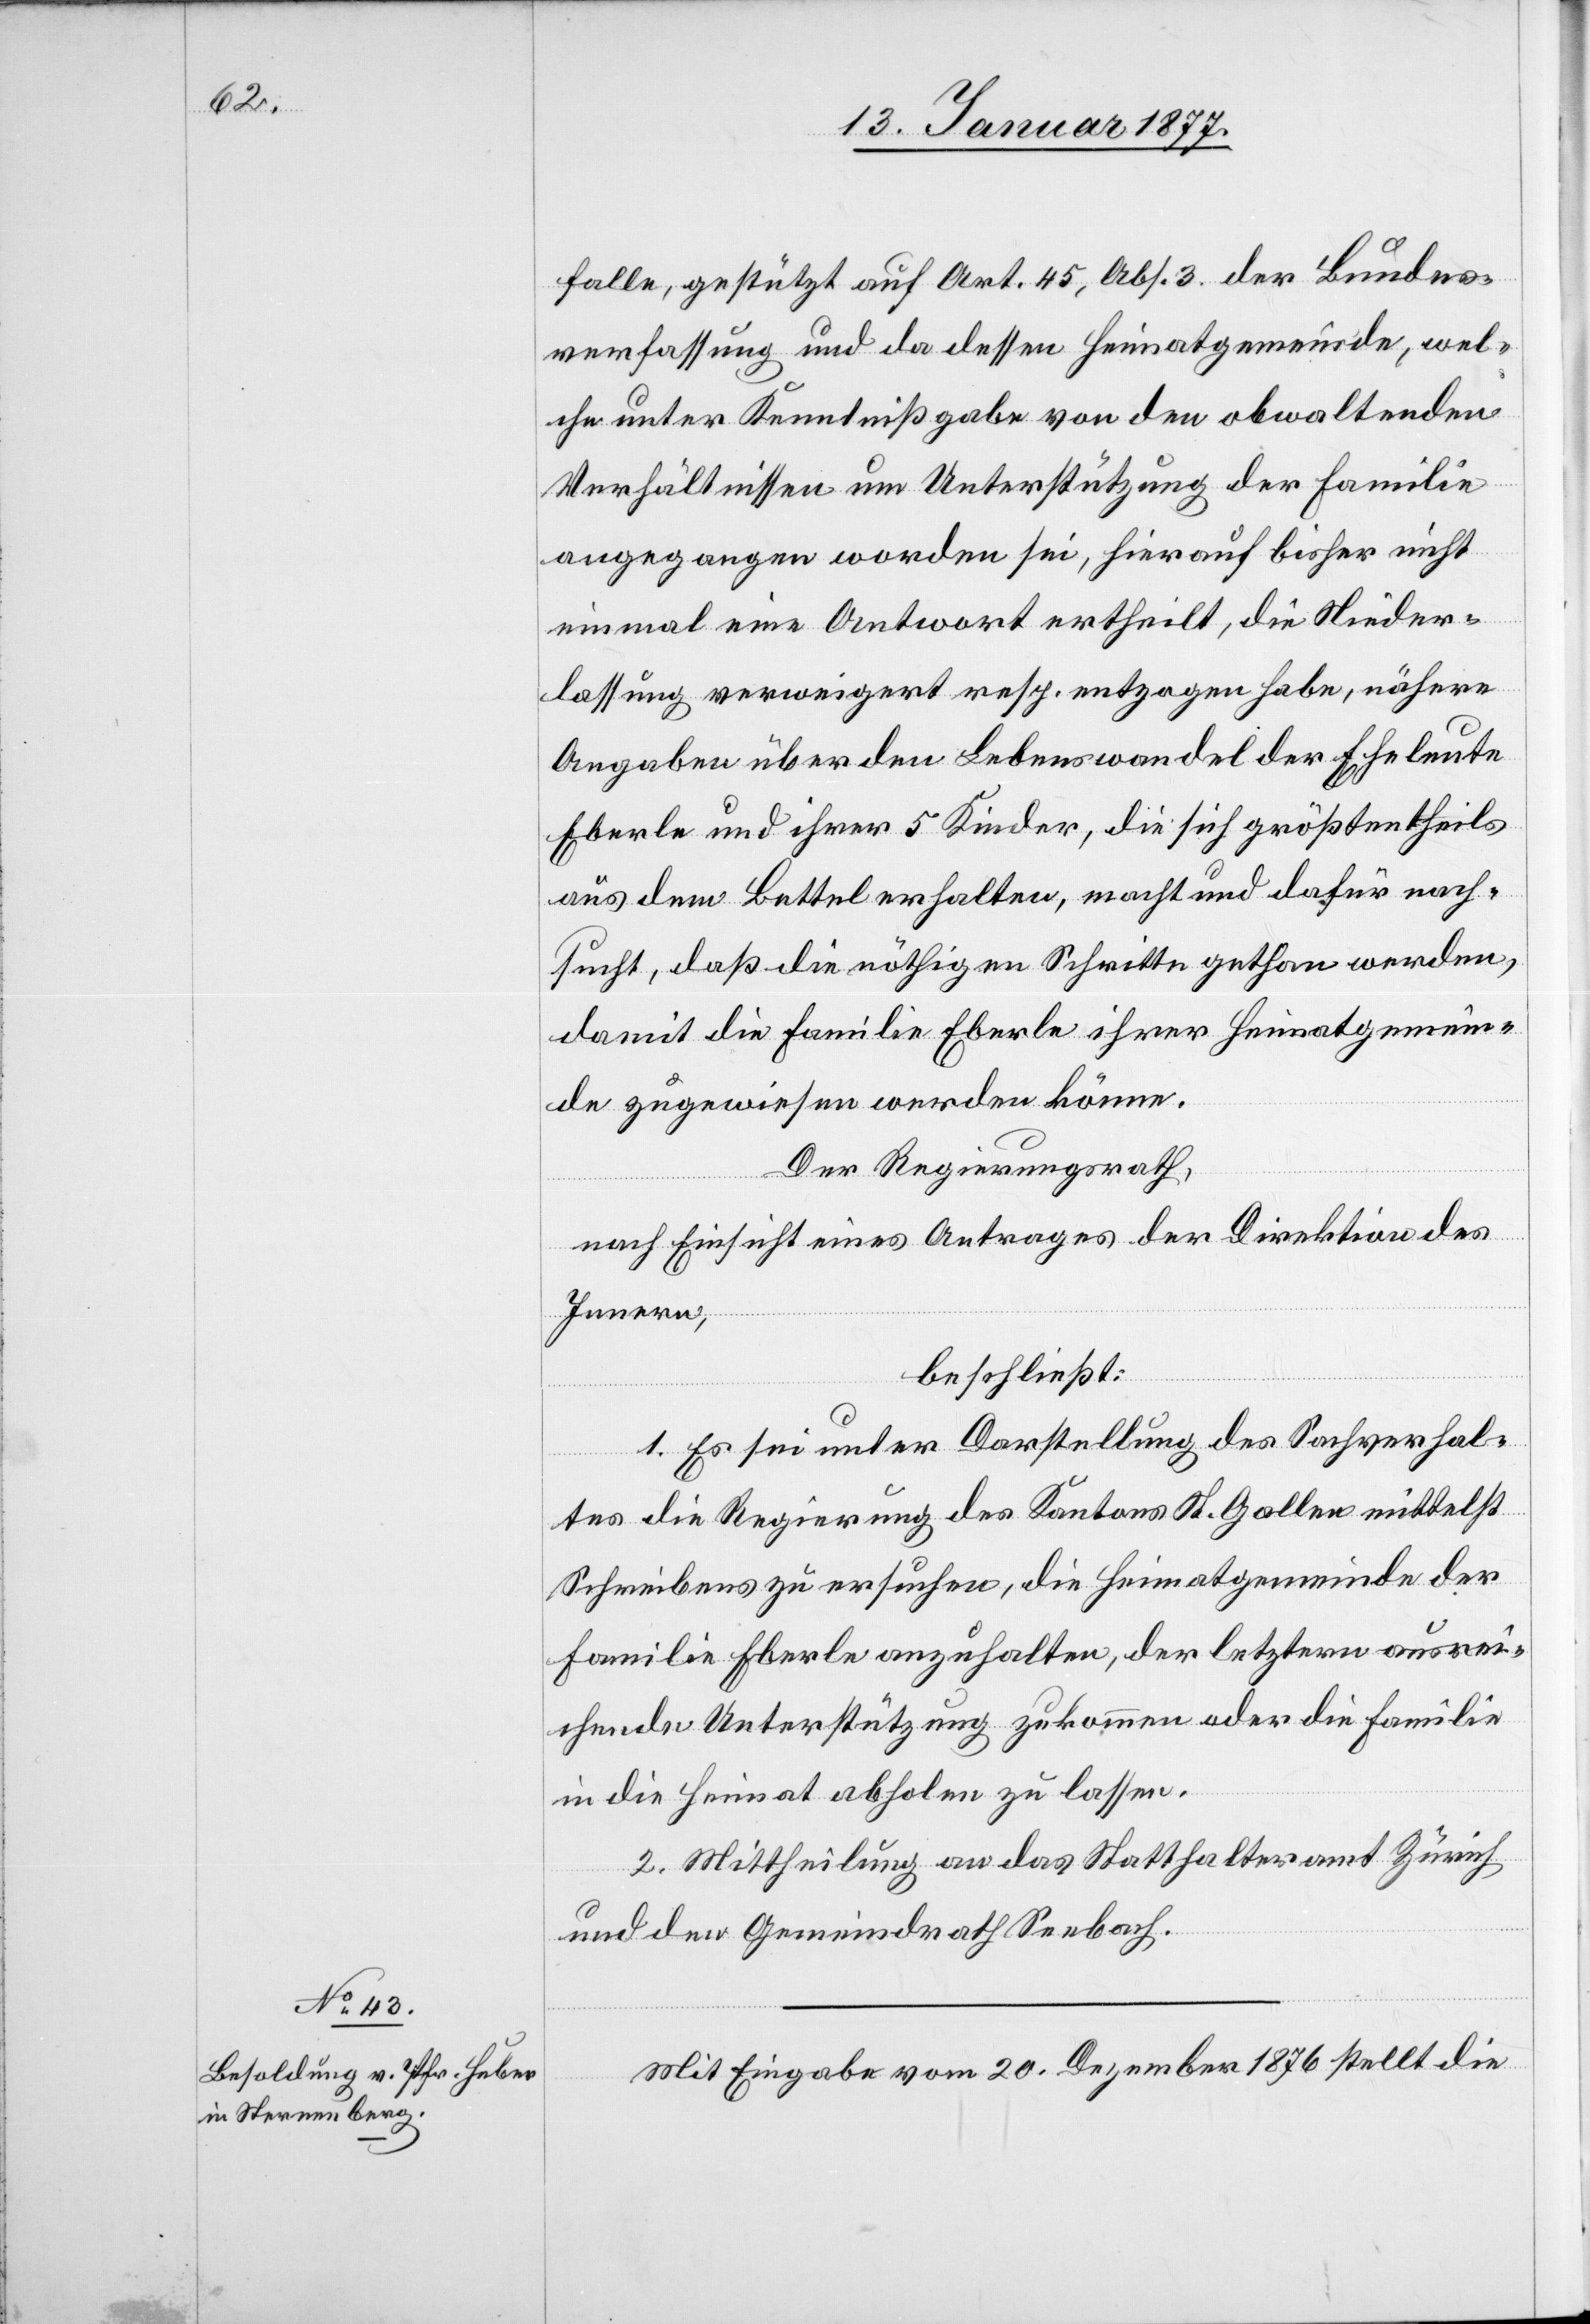
falle, gestützt auf Art. 46, Abs. 3. der Bundes¬
verfassung und da dessen Heimatgemeinde, wel¬
che unter Kenntnißgabe von den obwaltenden
Verhältnissen um Unterstützung der Familie
angegangen worden sei, hierauf bisher nicht
einmal eine Antwort ertheilt, die Nieder¬
lassung verweigert resp. entzogen habe, nähere
Angaben über den Lebenswandel der Eheleute
Eberle und ihrer 5 Kinder, die sich größtentheils
aus dem Bettel erhalten, macht und dafür nach¬
sucht, daß die nöthigen Schritte gethan werden,
damit die Familie Eberle ihrer Heimatgemein¬
de zugewiesen werden könne.
Der Regierungsrath,
nach Einsicht eines Antrages der Direktion des
Innern,
beschließt:
1. Es sei unter Darstellung des Sachverhal¬
tes die Regierung des Kantons St. Gallen mittelst
Schreibens zu ersuchen, die Heimatgemeinde der
Familie Eberle anzuhalten, der letztern ausrei¬
chende Unterstützung zukommen oder die Familie
in die Heimat abholen zu lassen.
2. Mittheilung an das Statthalteramt Zürich
und den Gemeindrath Seebach.
Mit Eingabe vom 20. Dezember 1876 stellt die